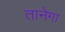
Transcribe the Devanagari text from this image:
तानेगा